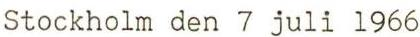
Stockholm den 7 juli 1966